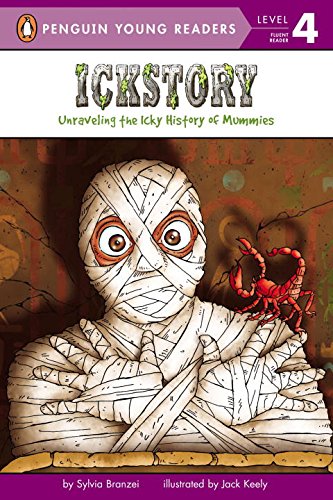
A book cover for Ickstory: Unraveling the History of Mummies Around the World (Penguin Young Readers, Level 4); Sylvia Branzei; Children's Books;